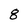
Character: 8